Report on vaccination in Madras 1895-1903 - 1895-1903
Year: 1895
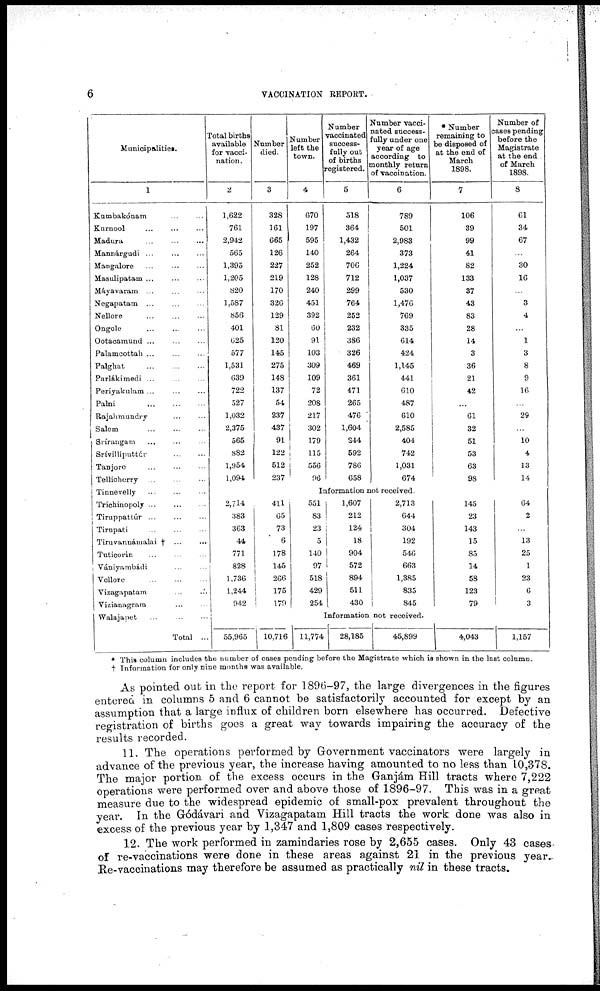
6
VACCINATION REPORT.
Municipalities.
1
Kumbakónam ... ...
Knrnool ... ... ...
Madura ... ... ...
Mannárgudi ... ... ...
Mangalore ... ... ...
Masulipatam ... ... ...
Máyavaram ... ... ...
Negapatam ... ... ...
Nellore ... ... ...
Ongole ... ... ...
Ootacamund ... ... ...
Palamcottah ... ... ...
Palghat
...
...
...
Parlákimedi ... ... ...
Periyakulam ... ... ...
Palni
...
...
...
Rajahmundry
...
...
Salem
...
...
...
Srírangam ... ... ...
Srívilliputtúr ... ...
Tanjore ... ... ...
Tellicherry ... ... ...
Tinnevelly
...
...
...
Trichinopoly ... ... ...
Tiruppattúr
...
...
...
Tirupati ... ... ...
Tiruvannámalai † ... ...
Tuticorin ... ... ...
Vániyambádi ... ...
Vellore ... ... ...
Vizagapatam ... ...
Vizianagrara ... ...
Walajapet ... ... ...
Total ...
Total births
available
for vacci-
nation.
2
1,622
761
2,942
565
1,395
1,205
820
1,587
856
401
625
577
1,531
639
722
527
1,032
2,375
565
882
1,954
1,094
Number
died.
3
328
161
665
126
227
219
170
326
129
81
120
145
275
148
137
54
237
437
91
122
512
237
Number
left the
town.
4
670
197
595
140
252
128
240
451
392
60
91
103
309
109
72
208
217
302
179
115
556
96
Number
vaccinated
success-
fully out
of births
registered.
5
518
364
1,432
264
706
712
299
764
252
232
386
326
469
361
471
265
476
1,604
244
592
786
658
Number vacci-
nated success-
fully under one
year of age
according to
monthly return
of vaccination.
6
789
501
2,983
373
1,224
1,037
530
1,476
769
335
614
424
1,145
441
610
487
610
2,585
404
742
1,031
674
* Number
remaining to
be disposed of
at the end of
March
1898.
7
106
39
99
41
82
133
37
43
83
28
14
3
36
21
42
...
61
32
51
53
63
98
Number of
cases pending
before the
Magistrate
at the end
of March
1898.
8
61
34
67
...
30
16
...
3
4
...
1
3
8
9
16
...
29
...
10
4
13
14
Information not received.
2,714
383
363
44
771
828
1,736
1,244
942
411
65
73
6
178
145
266
175
179
551
83
23
5
140
97
518
429
254
1,607
212
124
18
904
572
894
511
430
2,713
644
304
192
546
663
1,385
835
845
145
23
143
15
85
14
58
123
79
64
2
...
13
25
1
23
6
3
Information not received.
55,965
10,716
11,774
28,185
45,899
4,043
1,157
* This column includes the number of cases pending before the Magistrate which is shown in the last column.
† Information for only nine months was available.
As pointed out in the report for 1896-97, the large divergences in the figures
entered in columns 5 and 6 cannot be satisfactorily accounted for except by an
assumption that a large influx of children born elsewhere has occurred. Defective
registration of births goes a great way towards impairing the accuracy of the
results recorded.
11. The operations performed by Government vaccinators were largely in
advance of the previous year, the increase having amounted to no less than 10,378.
The major portion of the excess occurs in the Ganjám Hill tracts where 7,222
operations were performed over and above those of 1896-97. This was in a great
measure due to the widespread epidemic of small-pox prevalent throughout the
year. In the Gódávari and Vizagapatam Hill tracts the work done was also in
excess of the previous year by 1,347 and 1,809 cases respectively.
12. The work performed in zamindaries rose by 2,655 cases. Only 43 cases
of re-vaccinations were done in these areas against 21 in the previous year.
Re-vaccinations may therefore be assumed as practically nil in these tracts.